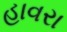
હાવરા